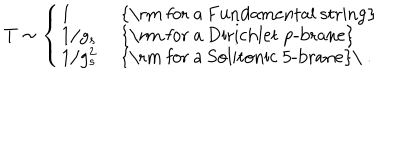
LaTeX: T \sim \left\{ \left\{ \begin{cases} { { 1 } } & { { \mathrm { f o r a F u n d a m e n t a l s t r i n g } } } \\ { { 1 / g _ { s } } } & { { \mathrm { f o r a D i r i c h l e t p - b r a n e } } } \\ { { 1 / g _ { s } ^ { 2 } } } & { { \mathrm { f o r a S o l i t o n i c 5 - b r a n e } \ . } } \\ \end{cases} \right. \right.